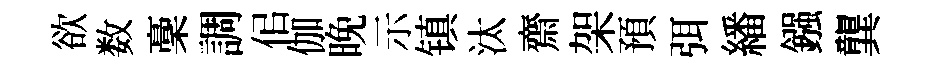
欲数稾調佀伽晚示镇汰齋架預弭繙鏹龔